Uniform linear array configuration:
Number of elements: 12
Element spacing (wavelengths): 0.75
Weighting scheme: cosine
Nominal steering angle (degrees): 45
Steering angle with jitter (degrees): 43.436
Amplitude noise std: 0.05
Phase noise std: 0.05

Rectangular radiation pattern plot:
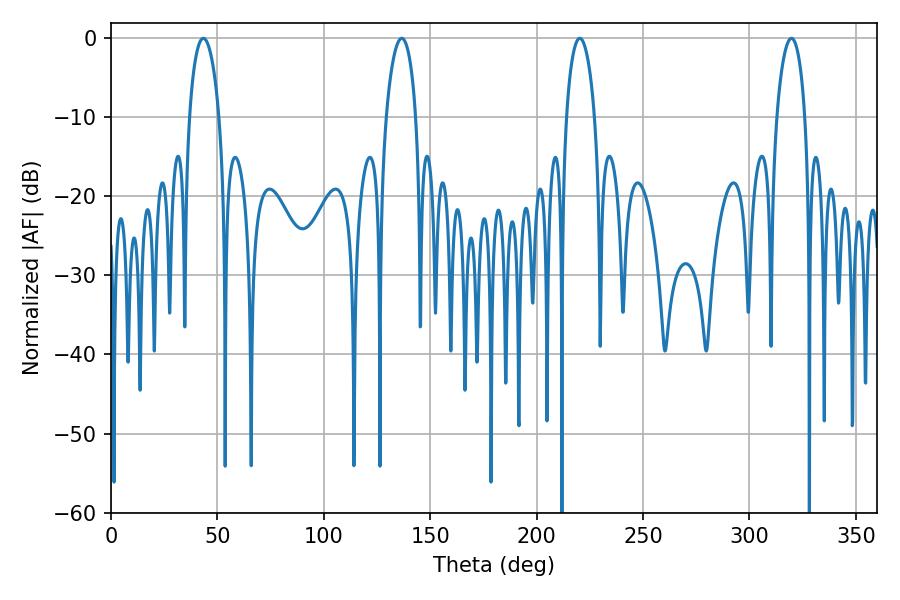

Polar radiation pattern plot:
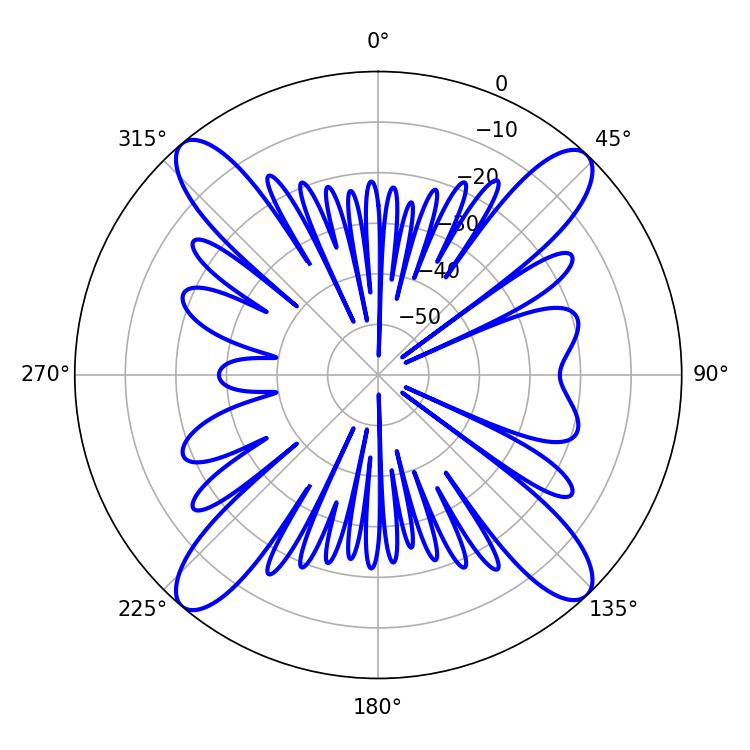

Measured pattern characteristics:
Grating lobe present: TRUE
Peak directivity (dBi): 19.28
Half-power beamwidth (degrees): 7.92
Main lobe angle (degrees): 43.38